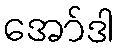
အော်ဒါ